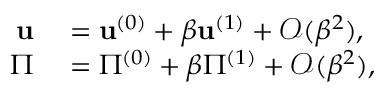
\begin{array} { r l } { \mathbf { u } } & { { } = \mathbf { u } ^ { ( 0 ) } + \beta \mathbf { u } ^ { ( 1 ) } + \mathcal { O } ( \beta ^ { 2 } ) , } \\ { \Pi } & { { } = \Pi ^ { ( 0 ) } + \beta \Pi ^ { ( 1 ) } + \mathcal { O } ( \beta ^ { 2 } ) , } \end{array}